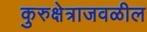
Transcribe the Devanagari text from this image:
कुरुक्षेत्राजवळील